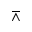
\barwedge